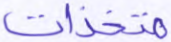
متخذات